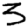
Digit: 5